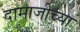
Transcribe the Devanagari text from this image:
दामाजीच्या